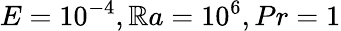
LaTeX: E=10^{-4},\mathbb{R}a=10^{6},Pr=1